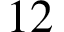
1 2